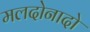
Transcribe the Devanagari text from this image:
मलदोनादो